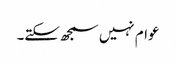
عوام نہیں سمجھ سکتے۔